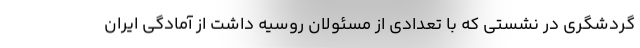
گردشگری در نشستی که با تعدادی از مسئولان روسیه داشت از آمادگی ایران